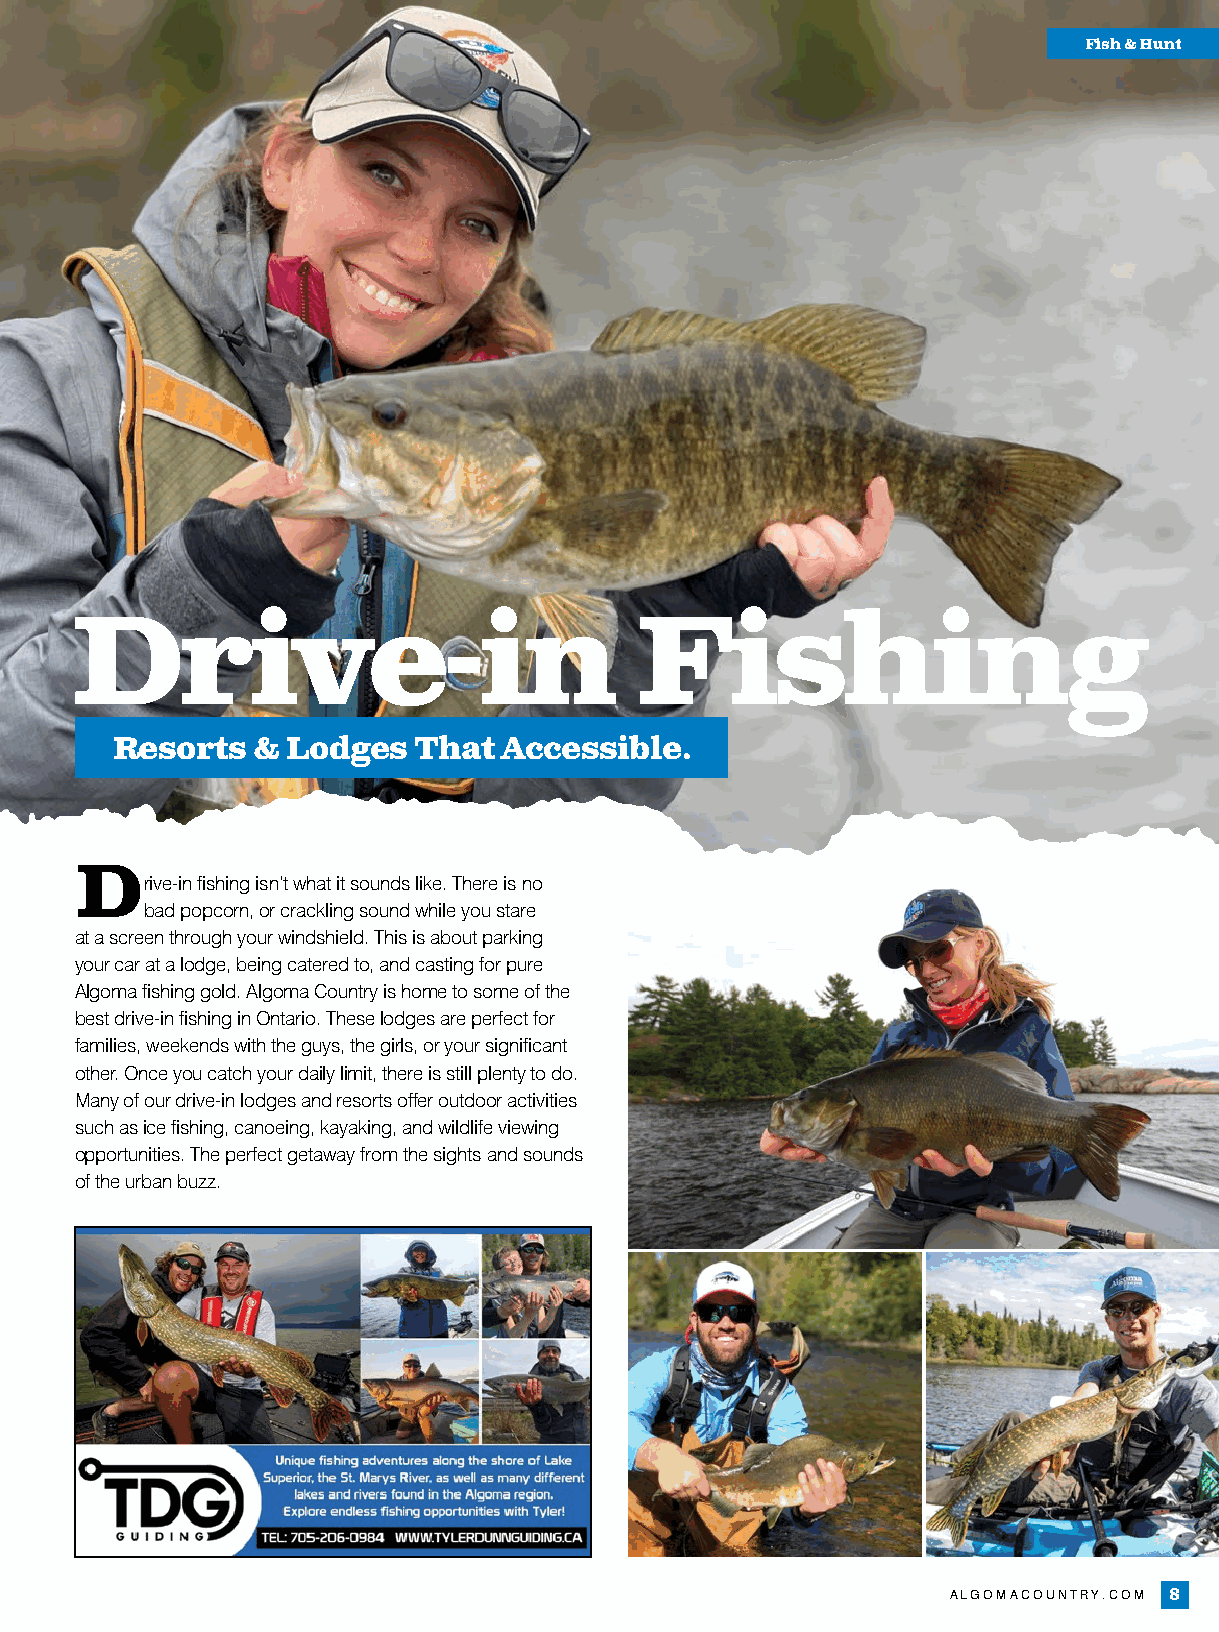
Fish & Hunt
 Drive-in                             Fishing
 Resorts   & Lodges  That  Accessible.
 Drive-in fishing isn’t what it sounds like. There is no
 bad popcorn, or crackling sound while you stare
 at a screen through your windshield. This is about parking
 your car at a lodge, being catered to, and casting for pure
 Algoma fishing gold. Algoma Country is home to some of the
 best drive-in fishing in Ontario. These lodges are perfect for
 families, weekends with the guys, the girls, or your significant
 other. Once you catch your daily limit, there is still plenty to do.
 Many of our drive-in lodges and resorts offer outdoor activities
 such as ice fishing, canoeing, kayaking, and wildlife viewing
 opportunities. The perfect getaway from the sights and sounds
 of the urban buzz.
 ALGOMACOUNTRY.COM 8